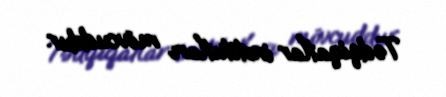
Tədqiqatlar institutları mövcuddur.